Insane asylums in Bengal annual reports 1876-1887 - 1876-1887
Year: 1876
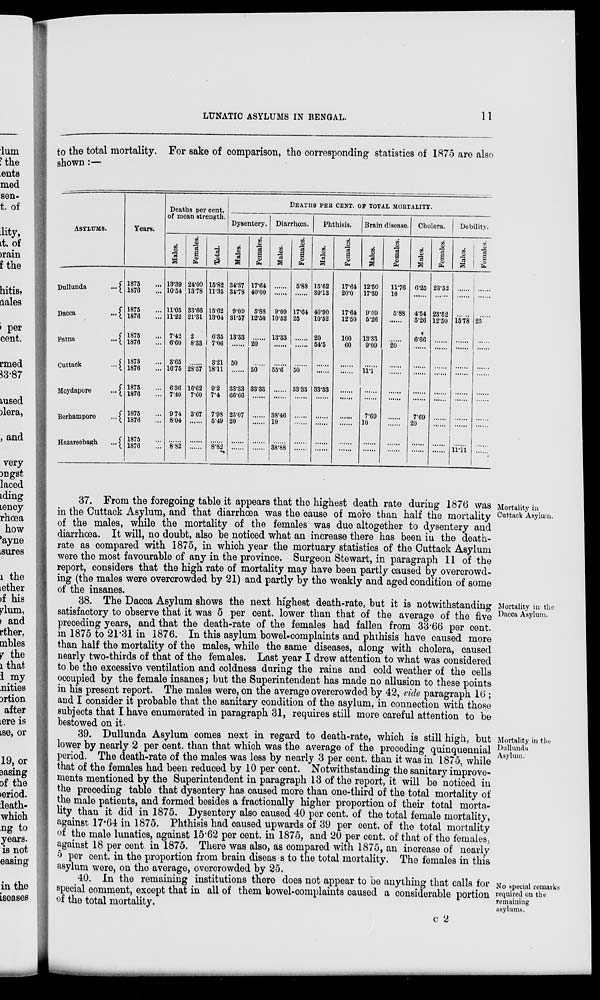
LUNATIC ASYLUMS IN BENGAL.
11
to the total mortality. For sake of comparison, the corresponding statistics of 1875 are also
shown:—
ASYLUMS.
Dullunda
...
Dacca
...
Patna
...
Cuttack
...
Moydapore
...
Berhampore
...
Hazareebagh
...
Years.
1875 ...
1876 ...
1875...
1876 ...
1875 ...
1876 ...
1875 ...
1876...
1875...
1876 ...
1875...
1876...
1875...
1876...
Deaths per cent.
of mean strength.
Males.
13.39
10.54
11.05
11.22
7.42
6.60
3.65
16.75
6.36
7.40
9.74
8.04
......
8.82
Females.
24.00
13.78
33.66
21.31
2
8.33
......
28.57
16.62
7.60
3.67
......
......
......
Total.
15.82
11.35
15.62
13.04
6.35
7.06
3.21
18.11
9.2
7.4
7.98
5.49
8.82
DEATHS PER CENT. OF TOTAL MORTALITY.
Dysentery.
Males.
34.37
34.78
9.09
31.57
13.33
......
50
......
33.33
66.66
23.07
20
......
......
Females.
17.64
40.00
5.88
12.50
......
20
......
50
33.33
......
......
......
......
......
Diarrhœa.
Males.
......
......
9.09
10.52
13.33
......
......
55.6
......
......
38.46
10
......
38.88
Females.
5.88
......
17.64
25
......
......
......
50
33.33
......
......
......
......
......
Phthisis.
Males.
15.62
39.13
40.90
10.52
20
54.5
......
......
33.33
......
......
......
......
......
Females.
17.64
20.0
17.64
12.50
100
60
......
......
......
......
......
......
......
......
Brain disease.
Males.
12.50
17.39
9.09
5.26
13.33
9.09
......
11.1
......
......
7.69
10
......
......
Females.
11.76
10
5.88
......
......
20
......
......
......
......
......
......
......
......
Cholera.
Males.
6.25
......
4.54
5.26
6.66
......
......
......
......
......
7.69
20
......
......
Females.
23.52
......
23.52
12.50
......
......
......
......
......
......
......
......
......
Debility.
Males.
......
......
......
15.78
......
......
......
......
......
......
......
......
......
11.11
Females.
......
......
......
25
......
......
......
......
......
......
......
......
......
Mortality in
Cuttack Asylum.
37. From the foregoing table it appears that the highest death rate during 1876 was
in the Cuttack Asylum, and that diarrhœa was the cause of more than half the mortality
of the males, while the mortality of the females was due altogether to dysentery and
diarrhœa. It will, no doubt, also be noticed what an increase there has been in the death-
rate as compared with 1875, in which year the mortuary statistics of the Cuttack Asylum
were the most favourable of any in the province. Surgeon Stewart, in paragraph 11 of the
report, considers that the high rate of mortality may have been partly caused by overcrowd-
ing (the males were overcrowded by 21) and partly by the weakly and aged condition of some
of the insanes.
Mortality in the
Dacca Asylum.
38. The Dacca Asylum shows the next highest death-rate, but it is notwithstanding
satisfactory to observe that it was 5 per cent. lower than that of the average of the five
preceding years, and that the death-rate of the females had fallen from 33.66 per cent.
in 1875 to 21.31 in 1876. In this asylum bowel-complaints and phthisis have caused more
than half the mortality of the males, while the same diseases, along with cholera, caused
nearly two-thirds of that of the females. Last year I drew attention to what was considered
to be the excessive ventilation and coldness during the rains and cold weather of the cells
occupied by the female insanes; but the Superintendent has made no allusion to these points
in his present report. The males were, on the average overcrowded by 42, vide paragraph 16 ;
and I consider it probable that the sanitary condition of the asylum, in connection with those
subjects that I have enumerated in paragraph 31, requires still more careful attention to be
bestowed on it.
Mortality in the
Dullunda
Asylum.
39. Dullunda Asylum comes next in regard to death-rate, which is still high, but
lower by nearly 2 per cent. than that which was the average of the preceding quinquennial
period. The death-rate of the males was less by nearly 3 per cent. than it was in 1875, while
that of the females had been reduced by 10 per cent. Notwithstanding the sanitary improve-
ments mentioned by the Superintendent in paragraph 13 of the report, it will be noticed in
the preceding table that dysentery has caused more than one-third of the total mortality of
the male patients, and formed besides a fractionally higher proportion of their total morta-
lity than it did in 1875. Dysentery also caused 40 per cent. of the total female mortality,
against 17.64 in 1875. Phthisis had caused upwards of 39 per cent. of the total mortality
of the male lunatics, against 15.62 per cent. in 1875, and 20 per cent. of that of the females,
against 18 per cent. in 1875. There was also, as compared with 1875, an increase of nearly
5 per cent. in the proportion from brain diseases to the total mortality. The females in this
asylum were, on the average, overcrowded by 25.
No special remarks
required on the
remaining
asylums.
40. In the remaining institutions there does not appear to be anything that calls for
special comment, except that in all of them bowel-complaints caused a considerable portion
of the total mortality.
C 2